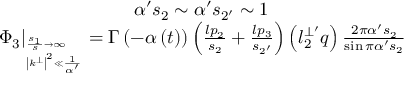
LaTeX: \begin{array} { c } { { \alpha ^ { \prime } s _ { 2 } \sim \alpha ^ { \prime } s _ { 2 ^ { \prime } } \sim 1 } } \\ { { \left. \Phi _ { 3 } \right| _ { _ { \left| k ^ { \bot } \right| ^ { 2 } \ll \frac 1 { \alpha ^ { \prime } } } ^ { \frac { s _ { 1 } } s \rightarrow \infty } } = \Gamma \left( - \alpha \left( t \right) \right) \left( \frac { l p _ { 2 } } { s _ { 2 } } + \frac { l p _ { 3 } } { s _ { 2 ^ { \prime } } } \right) \left( l _ { 2 } ^ { \bot ^ { \prime } } q \right) \frac { 2 \pi \alpha ^ { \prime } s _ { 2 } } { \sin \pi \alpha ^ { \prime } s _ { 2 } } } } \end{array}